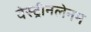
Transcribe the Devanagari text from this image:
वेस्ट्रीनलेनम